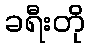
ခရီးတို